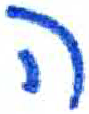
אות: ה